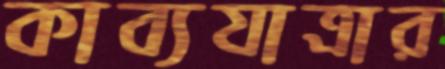
কাব্যযাত্রার